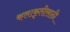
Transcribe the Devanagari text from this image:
कलाकृतीसाठी